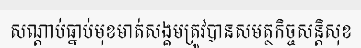
សណ្តាប់ធ្នាប់មុខមាត់សង្គមត្រូវបានសមត្ថកិច្ចសន្តិសុខ